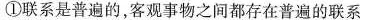
①联系是普遍的，客观事物之间都存在普遍的联系